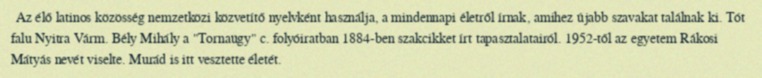
Az élő latinos közösség nemzetközi közvetítő nyelvként használja, a mindennapi életről írnak, amihez újabb szavakat találnak ki. Tót falu Nyitra Várm. Bély Mihály a "Tornaügy" c. folyóiratban 1884-ben szakcikket írt tapasztalatairól. 1952-től az egyetem Rákosi Mátyás nevét viselte. Murád is itt vesztette életét.